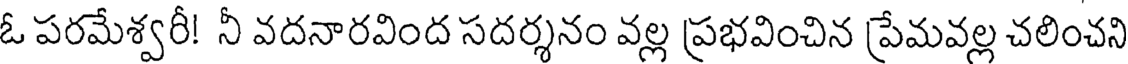
ఓ పరమేశ్వరీ! నీ వదనారవింద సదర్శనం వల్ల ప్రభవించిన ప్రేమవల్ల చలించని